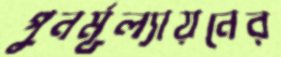
পুনর্মূল্যায়নের